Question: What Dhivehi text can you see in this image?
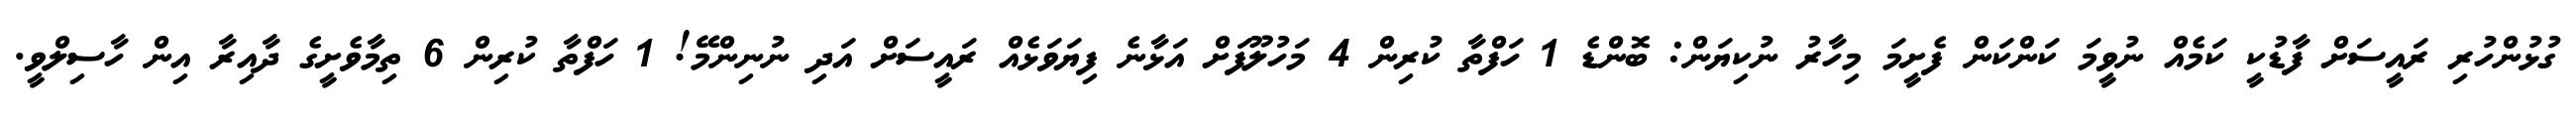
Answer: ގުޅުންހުރި ރައީސަށް ފާޑުކީ ކަމެއް ނުވީމަ ކަންކަން ފެށީމަ މިހާރު ނުކިޔަން: ބޮންޑެ 1 ހަފްތާ ކުރިން 4 މަހުލޫފަށް އަޅާނެ ފިޔަވަޅެއް ރައީސަށް އަދި ނުނިންމޭ! 1 ހަފްތާ ކުރިން 6 ތިމާވެށީގެ ދާއިރާ އިން ހާސިލްވީ.